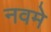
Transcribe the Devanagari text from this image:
नवमे